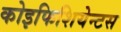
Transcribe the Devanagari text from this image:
कोइफिशियेन्‍टस